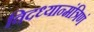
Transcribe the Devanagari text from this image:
विदध्यान्मंत्रिणं